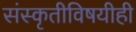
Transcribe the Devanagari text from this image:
संस्कृतीविषयीही